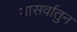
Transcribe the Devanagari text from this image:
यासर्वातुन